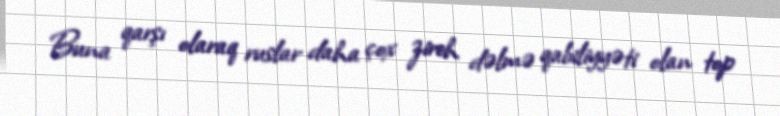
Buna qarşı olaraq ruslar daha çox zireh dəlmə qabiliyyəti olan top